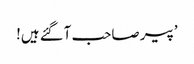
’پیر صاحب آگئے ہیں!